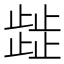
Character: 𭭴